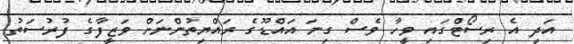
އަދި އެ ރިސޯޓްގައި ވީހާ ވެސް ގިނަ އައްޑޫގެ ރައްޔިތުންނަށް ވަޒީފާގެ ފުރުސަތު